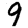
Digit: 9